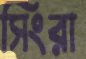
সিংরা